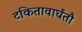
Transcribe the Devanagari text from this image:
टकितावार्घंतौ